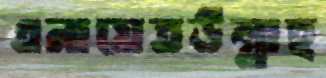
এনায়েতউল্লাহ